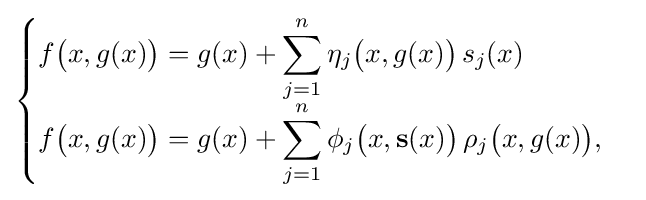
{\begin{cases}f{\big (}x,g(x){\big )}=g(x)+\displaystyle \sum _{j=1}^{n}\eta _{j}{\big (}x,g(x){\big )}\,s_{j}(x)\\f{\big (}x,g(x){\big )}=g(x)+\displaystyle \sum _{j=1}^{n}\phi _{j}{\big (}x,\mathbf {s} (x){\big )}\,\rho _{j}{\big (}x,g(x){\big )},\end{cases}}